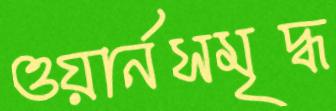
ওয়ার্নসমৃদ্ধ